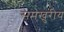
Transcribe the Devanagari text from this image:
समखुरीय